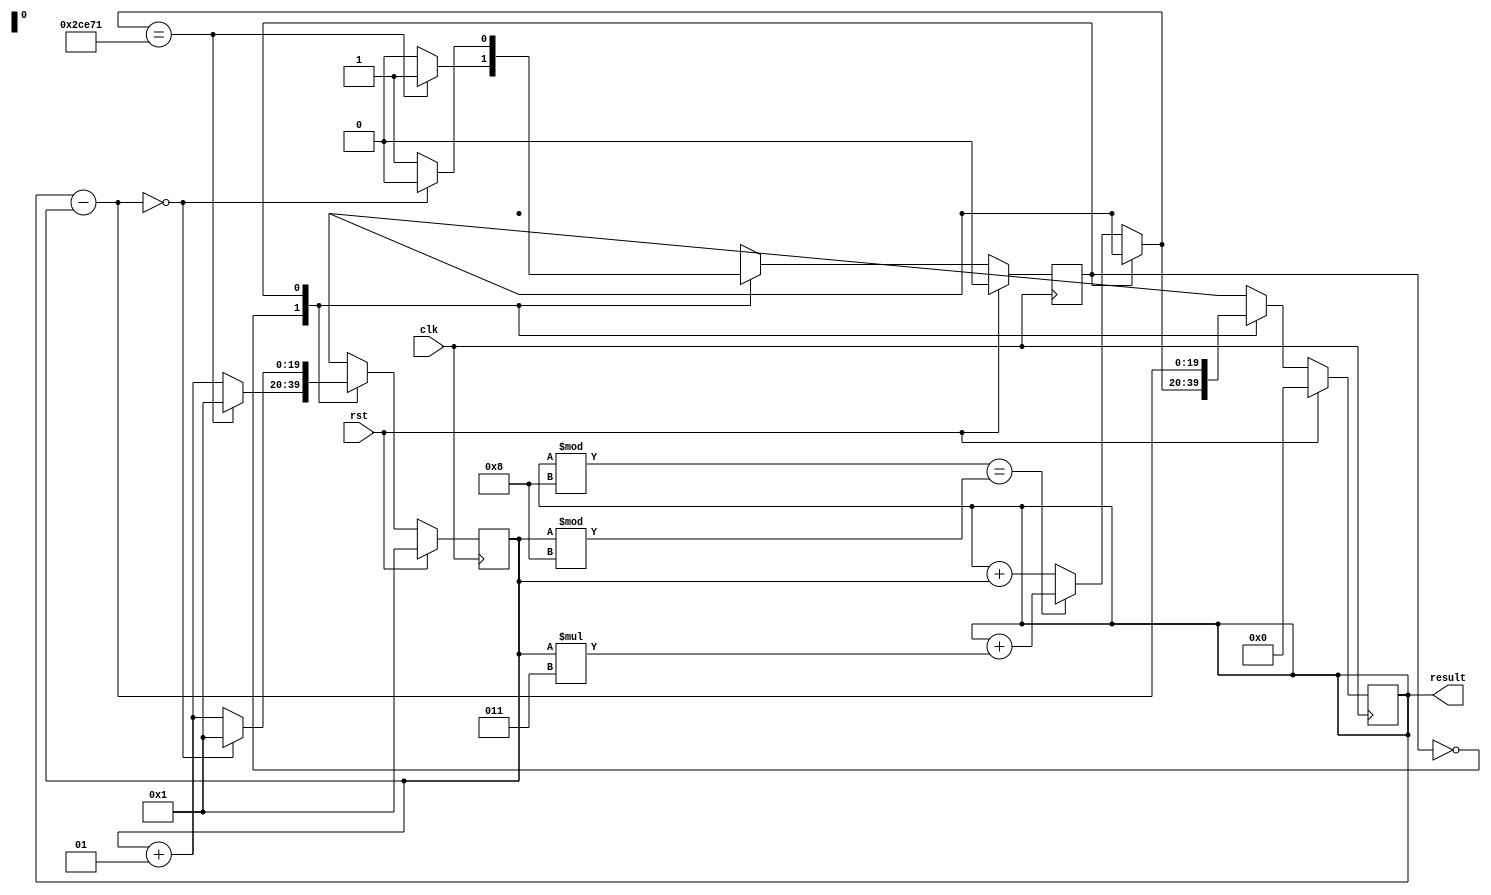
// 110011138 

// e.g. 109012345 
// Add your ID and name to FIRST line of file, or you will get 5 points penalty
module exam1_B(
    input wire clk,
    input wire rst,
    output reg signed [19:0] result // You can modify "reg" to "wire" if needed
);
    //Your design here
    
    // LIMIT: 183921
    parameter UP = 1'b0;
    parameter DOWN = 1'b1;
    
    reg signed [19:0] next_result;
    reg signed [19:0] i, next_i;
    reg dir, next_dir;
    
    always @(posedge clk) begin
    	if (rst == 1) begin
    		result <= 0;
    		i <= 1;
    		dir <= UP;
    	end
    	else begin
    		result <= next_result;
    		i <= next_i;
    		dir <= next_dir;
    	end
    end
    
    always @(*) begin
    	next_i = i + 1;
    	next_result = result;
    	next_dir = dir;
    	
    	case (dir)
    		UP: begin
    			if (result % 8 == i % 8) next_result = result + i * 3;
    			else next_result = result + i;
    			
    			if (next_result == 183921) begin
					next_dir = DOWN;
					next_i = 1;
				end
			end
    		DOWN: begin
    			next_result = result - i;
    			
    			if (next_result == 0) begin
					next_dir = UP;
					next_i = 1;
				end
			end
    	endcase
    end

endmodule

// You can add any module you need.
// Make sure you include all modules you used in this problem.